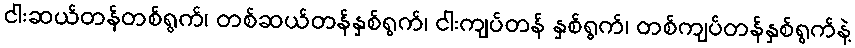
ငါးဆယ်တန်တစ်ရွက်၊ တစ်ဆယ်တန်နှစ်ရွက်၊ ငါးကျပ်တန် နှစ်ရွက်၊ တစ်ကျပ်တန်နှစ်ရွက်နဲ့